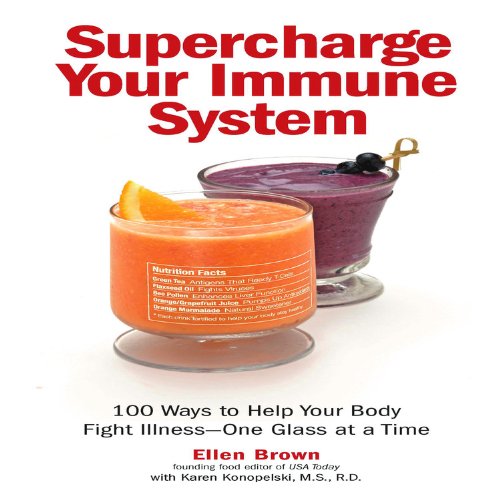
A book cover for Supercharge Your Immune System; Ellen Brown; Cookbooks, Food & Wine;